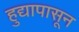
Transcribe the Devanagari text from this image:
हुद्यापासून